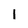
Character: 1